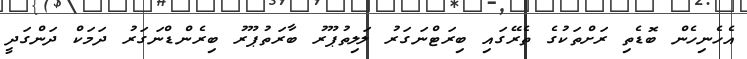
އެހެނިހެން ބޮޑެތި ރަށްތަކުގެ ތެރޭގައި ބިރަޓްނަގަރު ލަލިތުޕޫރު ބާރަތުޕޫރު ބިރެންޑްނަގަރު ދަމަކް ދަންގަދީ